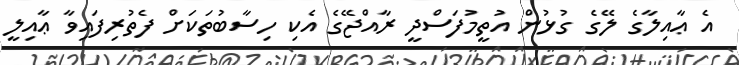
އެ ޢާއިލާގެ ލޭގެ ގުޅުން އުތީމުފަސްދީ ރާއްޖޭގެ އެކި ހިސާބުތަކަށް ފެތުރިފައިވާ ޢާއިލީ